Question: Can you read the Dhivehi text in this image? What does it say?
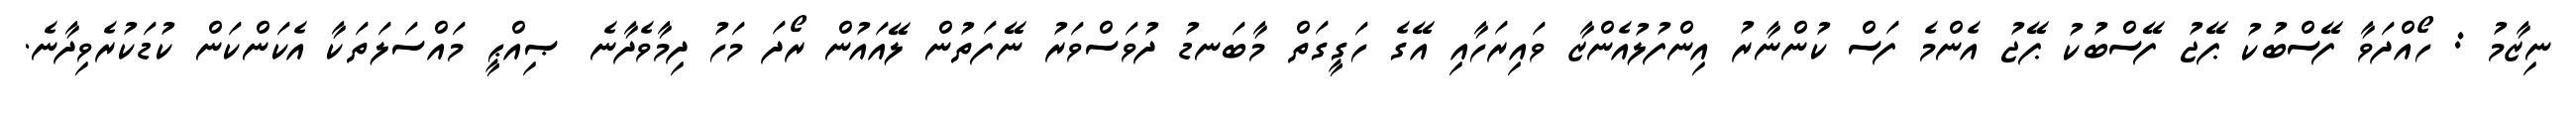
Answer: ނިޒާމު : ހޯއްދަވާ ފޭސްބުކު ޕޭޖު ފޭސްބުކު ޕޭޖު އެންމެ ފަސް ކުންނާރު އިންފުލުއެންޒާ ވައިރަހާއި އޭގެ ހަގީގަތް މާބަނޑު ދުވަސްވަރު ނޭފަތުން ލޭއައުން ރޯދަ މަހު ދިމާވެދާނެ ޞިއްޙީ މައްސަލަތަކާ އެކަންކަން ކުޑަކުރެވިދާނެ.